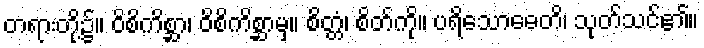
တရားတို့၌။ ဝိစိကိစ္ဆာ၊ ဝိစိကိစ္ဆာမှ။ စိတ္တံ၊ စိတ်ကို။ ပရိသောဓေတိ၊ သုတ်သင်၏။